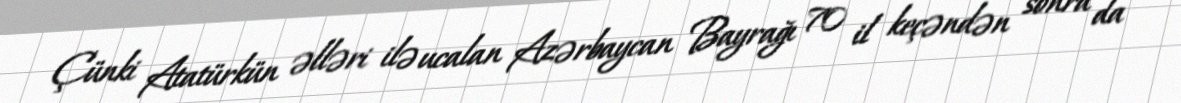
Çünki Atatürkün əlləri ilə ucalan Azərbaycan Bayrağı 70 il keçəndən sonra da